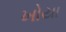
ખોયા